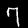
Digit: 7